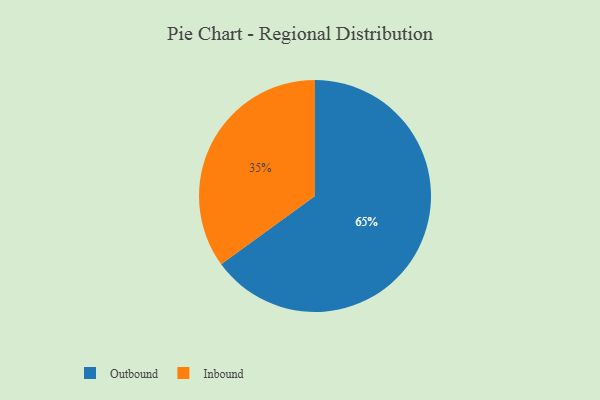
{"axis": {"x": "Category", "y": "Percentage"}, "legend": ["Inbound", "Outbound"], "data": [{"x": "Inbound", "y": 35, "type": "Inbound"}, {"x": "Outbound", "y": 65, "type": "Outbound"}]}